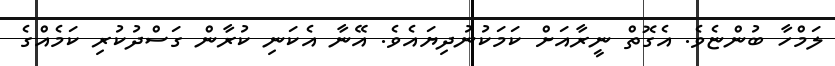
ލަމްހާ ބުންޏެވެ. އެގޮތް ނީރާއަށް ކަމަކުނުދިޔައެވެ. އޭނާ އެކަނި ކުރާން ގަސްދުކުރި ކަމެއްގެ